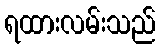
ရထားလမ်းသည်